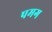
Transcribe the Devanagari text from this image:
पमग